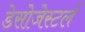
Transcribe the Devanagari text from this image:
डेसोजेस्टर्ल